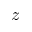
z